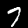
Label: 7